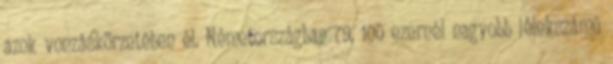
azok vonzáskörzetében él. Németországban 79, 100 ezernél nagyobb lélekszámú